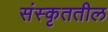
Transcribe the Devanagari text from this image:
संस्कृततील